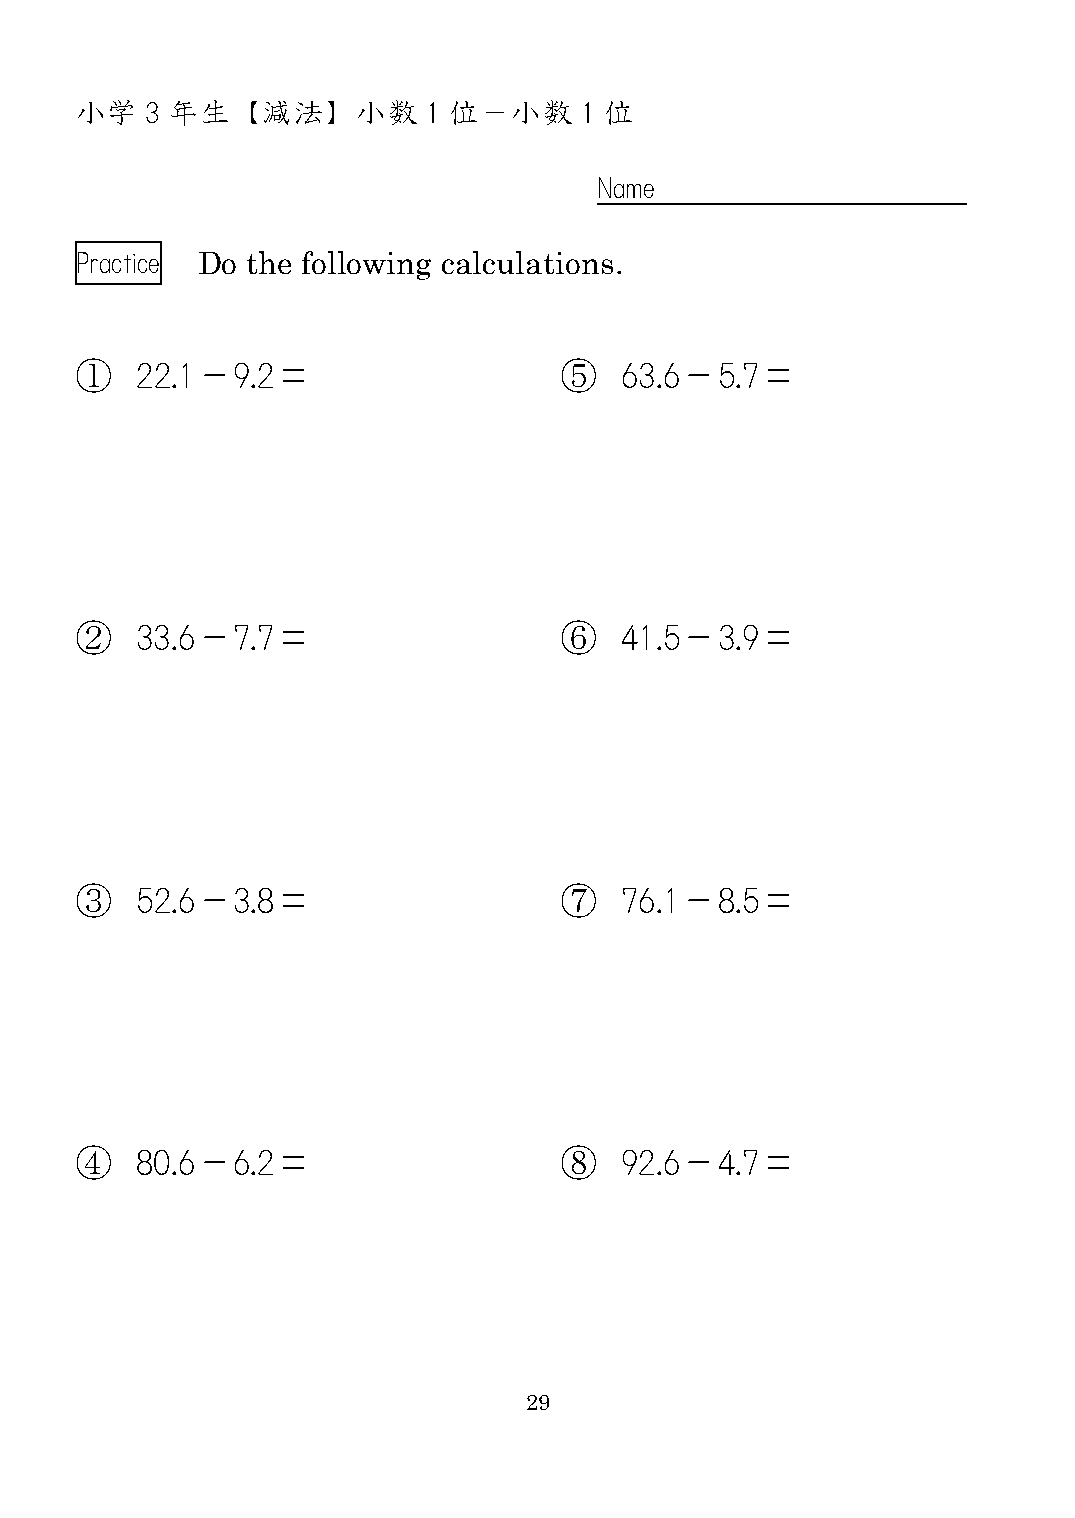
小学   3 年生  【減法】    小数  1 位－小数    1 位
 Name
 Practice Do the following calculations.
 ①   22.1－9.2＝                   ⑤   63.6－5.7＝
 ②   33.6－7.7＝                   ⑥   41.5－3.9＝
 ③   52.6－3.8＝                   ⑦   76.1－8.5＝
 ④   80.6－6.2＝                   ⑧   92.6－4.7＝
 29